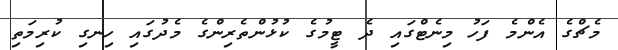
މެޗްގެ އެންމެ ފަހު މިނެޓްގައި ދެ ޓީމުގެ ކުޅުންތެރިންގެ މެދުގައި ހިނގި ކުރިމަތި